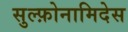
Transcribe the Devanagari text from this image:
सुल्फ़ोनामिदेस